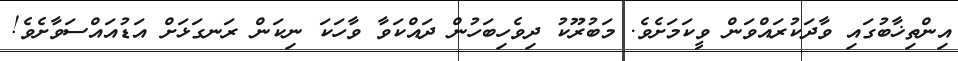
އިންތިޚާބުގައި ވާދަކުރައްވަން ވީކަމަށެވެ. މަބުރޫކު ދިވެހިބަހުން ދައްކަވާ ވާހަކަ ނިކަން ރަނގަޅަށް އަޑުއައްސަވާށެވެ!